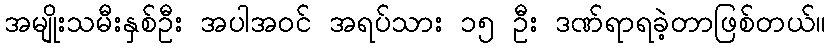
အမျိုးသမီးနှစ်ဦး အပါအဝင် အရပ်သား ၁၅ ဦး ဒဏ်ရာရခဲ့တာဖြစ်တယ်။